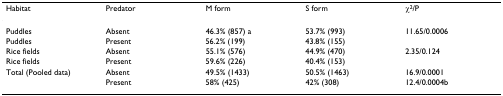
<table><thead><tr><td><b>Habitat</b></td><td><b>Predator</b></td><td><b>M form</b></td><td><b>S form</b></td><td><b>χ<sup>2</sup>/P</b></td></tr></thead><tbody><tr><td>Puddles</td><td>Absent</td><td>46.3% (857) a</td><td>53.7% (993)</td><td>11.65/0.0006</td></tr><tr><td>Puddles</td><td>Present</td><td>56.2% (199)</td><td>43.8% (155)</td><td></td></tr><tr><td>Rice fields</td><td>Absent</td><td>55.1% (576)</td><td>44.9% (470)</td><td>2.35/0.124</td></tr><tr><td>Rice fields</td><td>Present</td><td>59.6% (226)</td><td>40.4% (153)</td><td></td></tr><tr><td>Total (Pooled data)</td><td>Absent</td><td>49.5% (1433)</td><td>50.5% (1463)</td><td>16.9/0.0001</td></tr><tr><td></td><td>Present</td><td>58% (425)</td><td>42% (308)</td><td>12.4/0.0004b</td></tr></tbody></table>